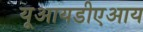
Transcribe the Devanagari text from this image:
यूआयडीएआय